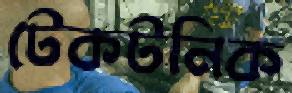
টেকটনিক